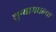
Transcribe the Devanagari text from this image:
शुन्यामधल्या